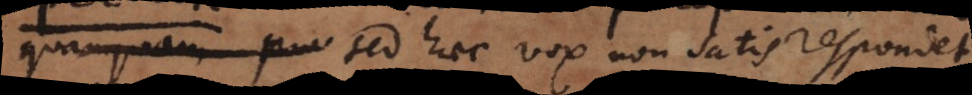
Sed haec vox non satis respondet